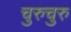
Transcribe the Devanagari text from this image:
चुरुचुरु